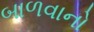
બાળવાનો